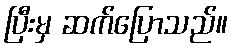
ပြီးမှ ဆက်ပြောသည်။